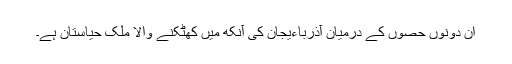
ان دونوں حصوں کے درمیان آذرباءیجان کی آنکھ میں کھٹکنے والا ملک حیاستان ہے۔